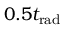
0 . 5 t _ { \mathrm { r a d } }